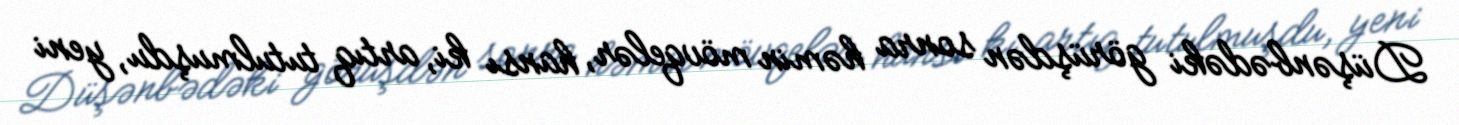
Düşənbədəki görüşdən sonra həmin mövqelər, hansı ki, artıq tutulmuşdu, yeni